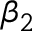
\beta _ { 2 }